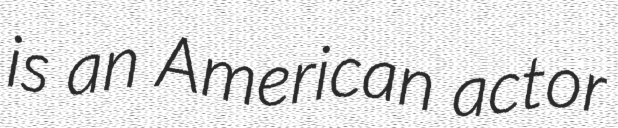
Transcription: is an American actor